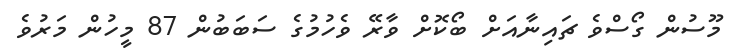
މޫސުން ގޯސްވެ ޗައިނާއަށް ބޯކޮށް ވާރޭ ވެހުމުގެ ސަަބަބުން 87 މީހުން މަރުވެ